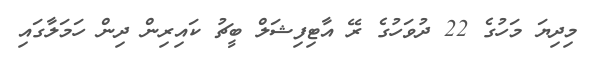
މިިދިޔަ މަހުގެ 22 ދުވަހުގެ ރޭ އާޓިފިޝަލް ބީޗު ކައިރިން ދިން ހަމަލާގައި